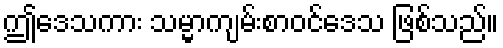
ဤဒေသကား သမ္မာကျမ်းစာဝင်ဒေသ ဖြစ်သည်။